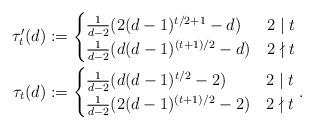
LaTeX: \begin{align*}\tau'_t(d) & := \begin{cases}\frac{1}{d-2}(2(d-1)^{t/2+1}-d) & 2\mid t \\\frac{1}{d-2}(d(d-1)^{(t+1)/2}-d) & 2\nmid t\end{cases} \ \ \\\tau_t(d) & :=\begin{cases}\frac{1}{d-2}(d(d-1)^{t/2}-2) & 2\mid t\\\frac{1}{d-2}(2(d-1)^{(t+1)/2}-2) & 2\nmid t\end{cases}.\end{align*}